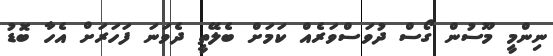
ނިންމީ މޫސުން ގޯސް ދުވަސްވަރެއް ކަމަށް ބެލޭތީ ދެވަނަ ފަހަރަށް އެހާ ބޮޑު